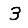
Digit: 3